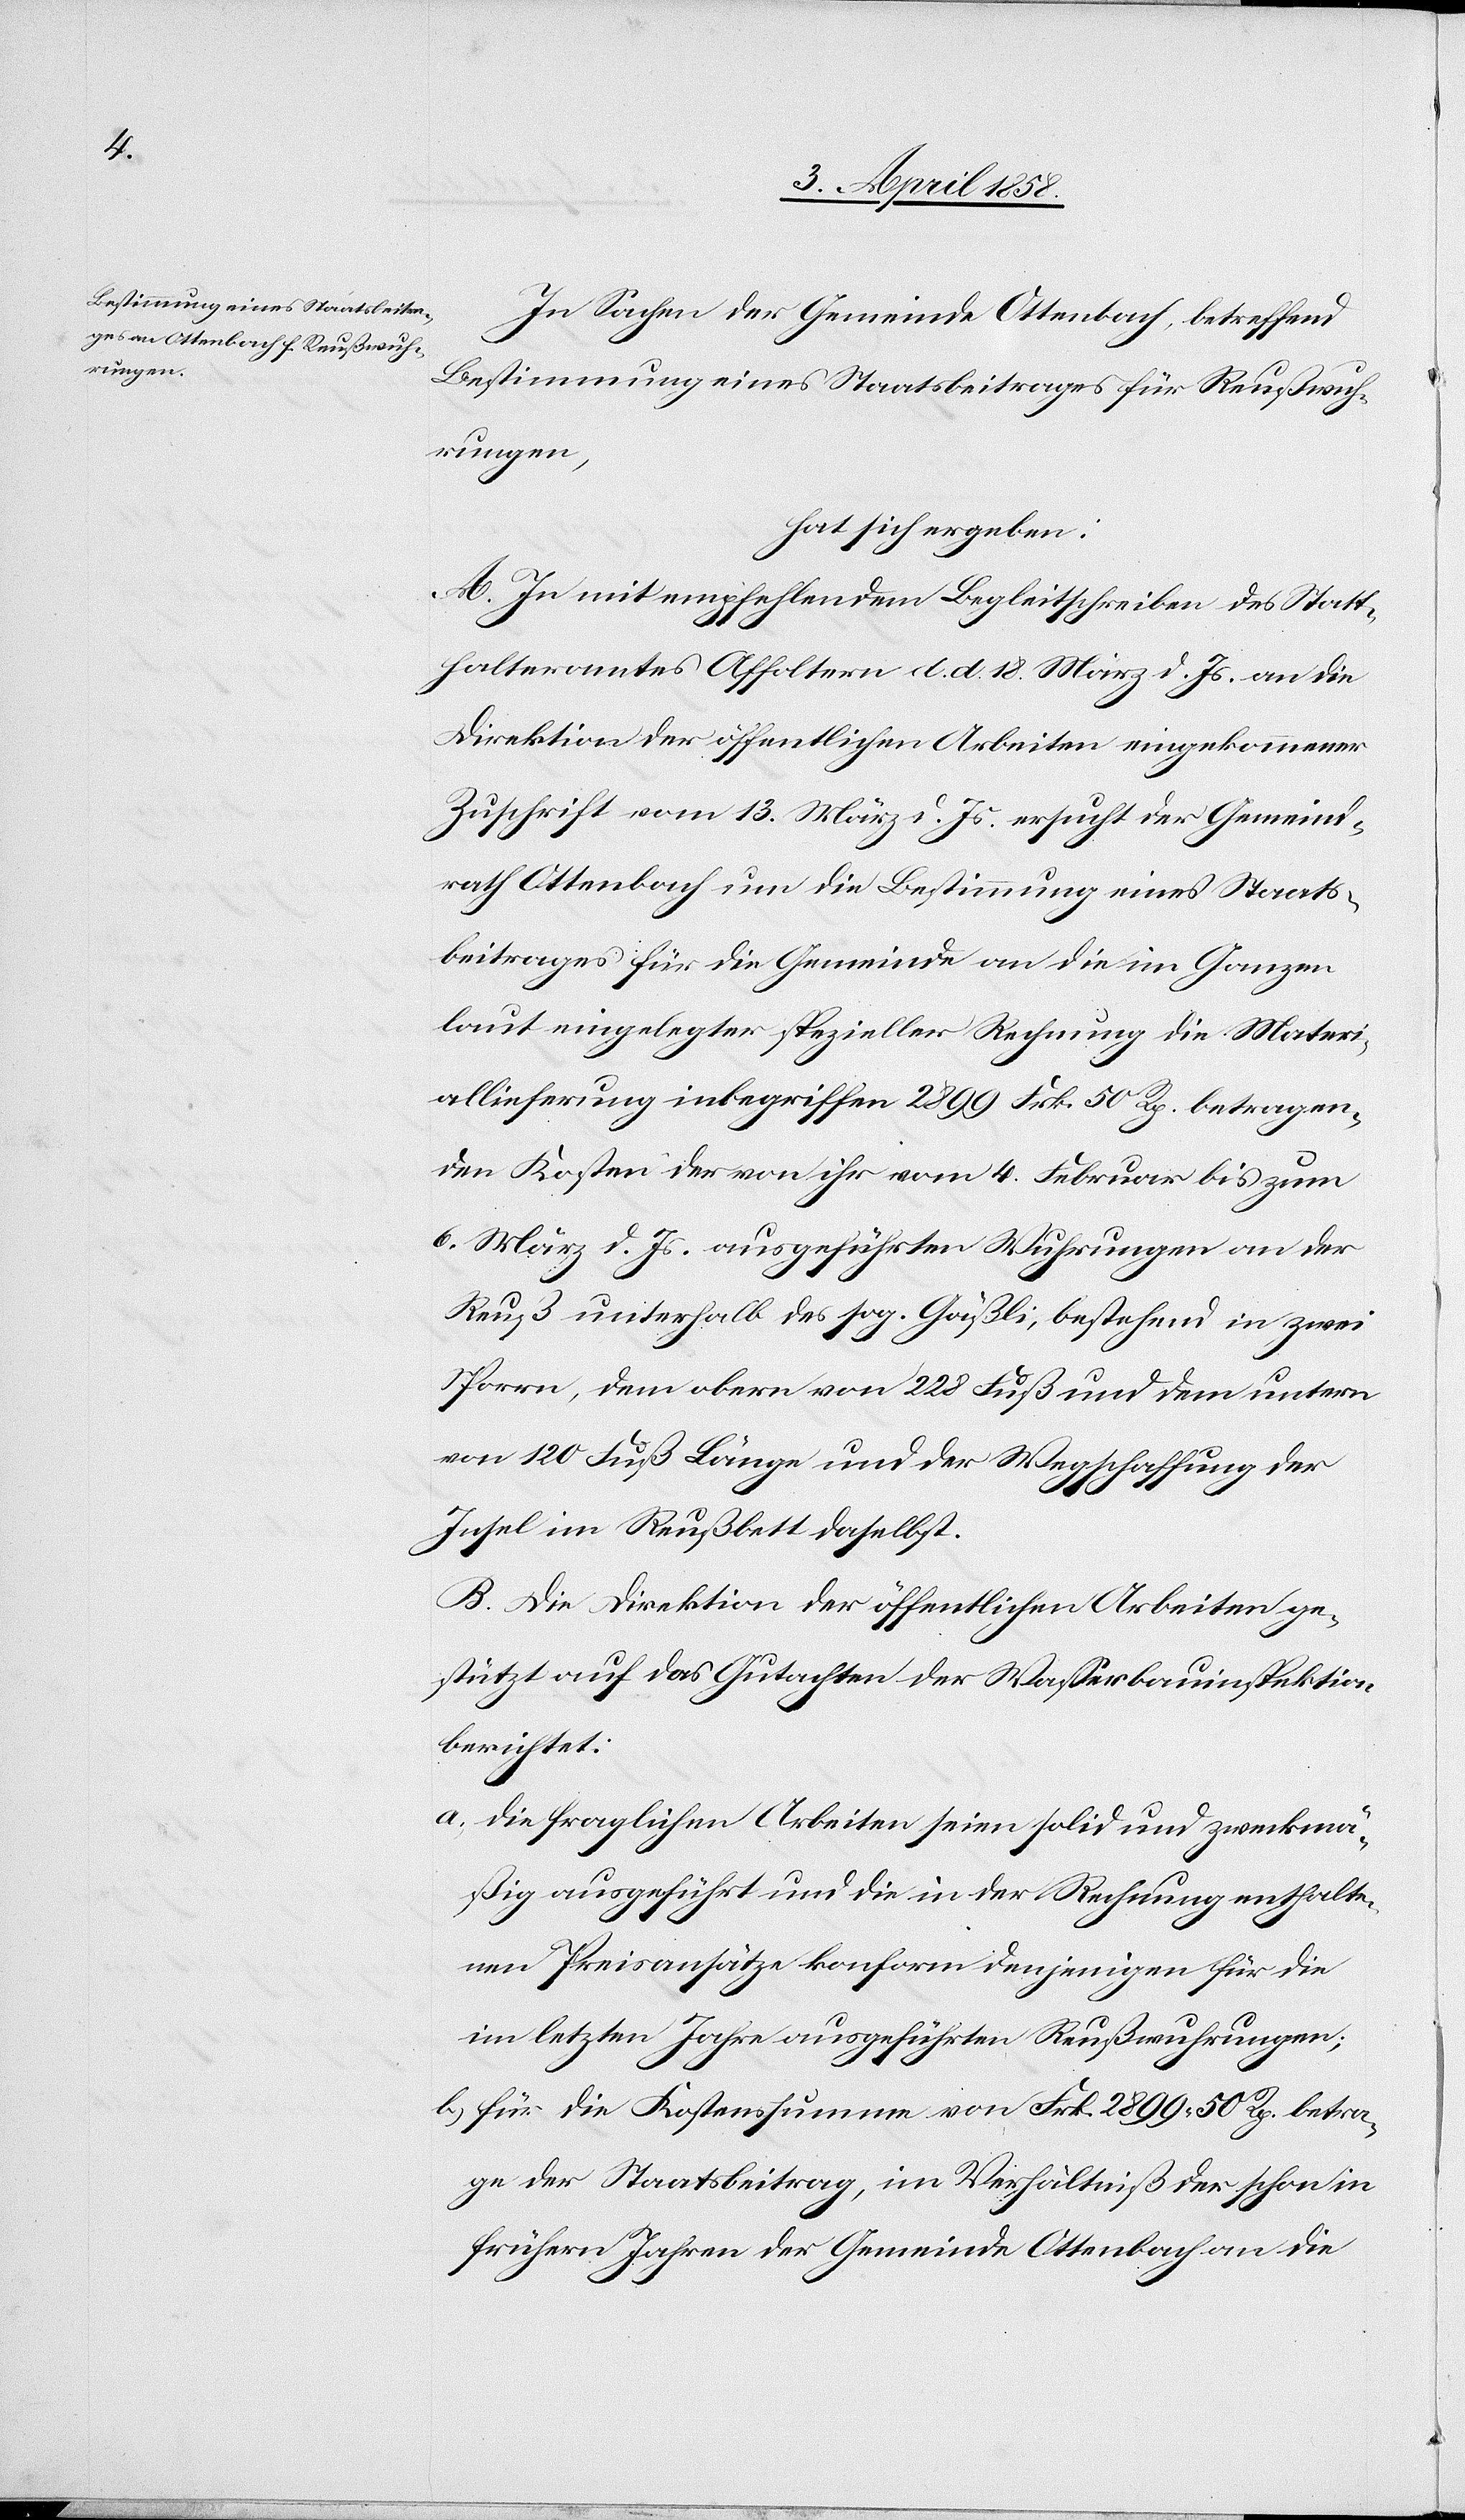
In Sachen der Gemeinde Ottenbach, betreffend
Bestimmung eines Staatsbeitrages für Reußwuh¬
rungen,
hat sich ergeben:
A. In mit empfehlendem Begleitschreiben des Statt¬
halteramtes Affoltern d. d. 18. März d. Js. an die
Direktion der öffentlichen Arbeiten eingekommener
Zuschrift vom 13. März d. Js. ersucht der Gemeind¬
rath Ottenbach um die Bestimmung eines Staats¬
beitrages für die Gemeinde an die im Ganzen
laut eingelegter spezieller Rechnung die Materi¬
allieferung inbegriffen 2899 Frk. 50 Rp. betragen¬
den Kosten der von ihr vom 4. Februar bis zum
6. März d. Js. ausgeführten Wuhrungen an der
Reuß unterhalb des sog. Gäßli, bestehend in zwei
Sporrn, dem obern von 228 Fuß und dem untern
von 120 Fuß Länge und der Wegschaffung der
Insel im Reußbett daselbst.
B. Die Direktion der öffentlichen Arbeiten ge¬
stützt auf das Gutachten der Wasserbauinspektion
berichtet:
a) die fraglichen Arbeiten seien solid und zweckmä¬
ßig ausgeführt und die in der Rechnung enthalte¬
nen Preisansätze konform denjenigen für die
im letzten Jahre ausgeführten Reußwuhrungen;
b) für die Kostenssumme von Frk. 2899 50 Rp. betra¬
ge der Staatsbeitrag, im Verhältniß der schon in
frühern Jahren der Gemeinde Ottenbach an die